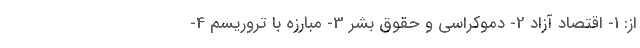
از: 1- اقتصاد آزاد 2- دموکراسی و حقوق بشر 3- مبارزه با تروریسم 4-